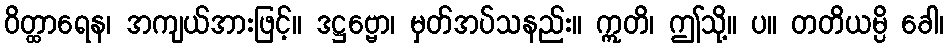
ဝိတ္ထာရေန၊ အကျယ်အားဖြင့်။ ဒဋ္ဌဗ္ဗော၊ မှတ်အပ်သနည်း။ ဣတိ၊ ဤသို့။ ပ။ တတိယမ္ပိ ခေါ၊